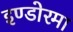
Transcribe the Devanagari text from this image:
इण्डोरमा